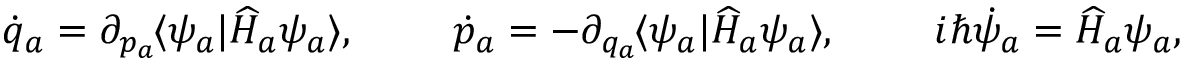
\dot { q } _ { a } = \partial _ { p _ { a } \! } \langle \psi _ { a } | \widehat { H } _ { a } \psi _ { a } \rangle , \qquad \ \dot { p } _ { a } = - \partial _ { q _ { a } \! } \langle \psi _ { a } | \widehat { H } _ { a } \psi _ { a } \rangle , \qquad \ i \hbar \dot { \psi } _ { a } = \widehat { H } _ { a } \psi _ { a } ,